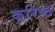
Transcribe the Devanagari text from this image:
करिष्ठ